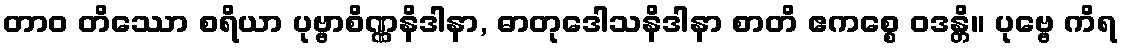
တာဝ တိဿော စရိယာ ပုဗ္ဗာစိဏ္ဏနိဒါနာ, ဓာတုဒေါသနိဒါနာ စာတိ ဧကစ္စေ ဝဒန္တိ။ ပုဗ္ဗေ ကိရ